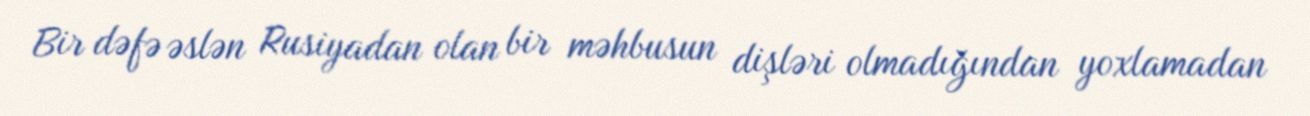
Bir dəfə əslən Rusiyadan olan bir məhbusun dişləri olmadığından yoxlamadan